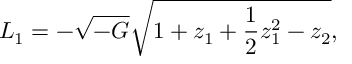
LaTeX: L _ { 1 } = - \sqrt { - G } \sqrt { 1 + z _ { 1 } + { \frac { 1 } { 2 } } z _ { 1 } ^ { 2 } - z _ { 2 } } ,